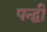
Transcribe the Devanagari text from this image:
पन्द्वी